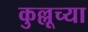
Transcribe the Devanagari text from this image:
कुल्लूच्या